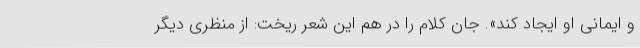
و ایمانی او ایجاد کند». جان کلام را در هم این شعر ریخت: از منظری دیگر